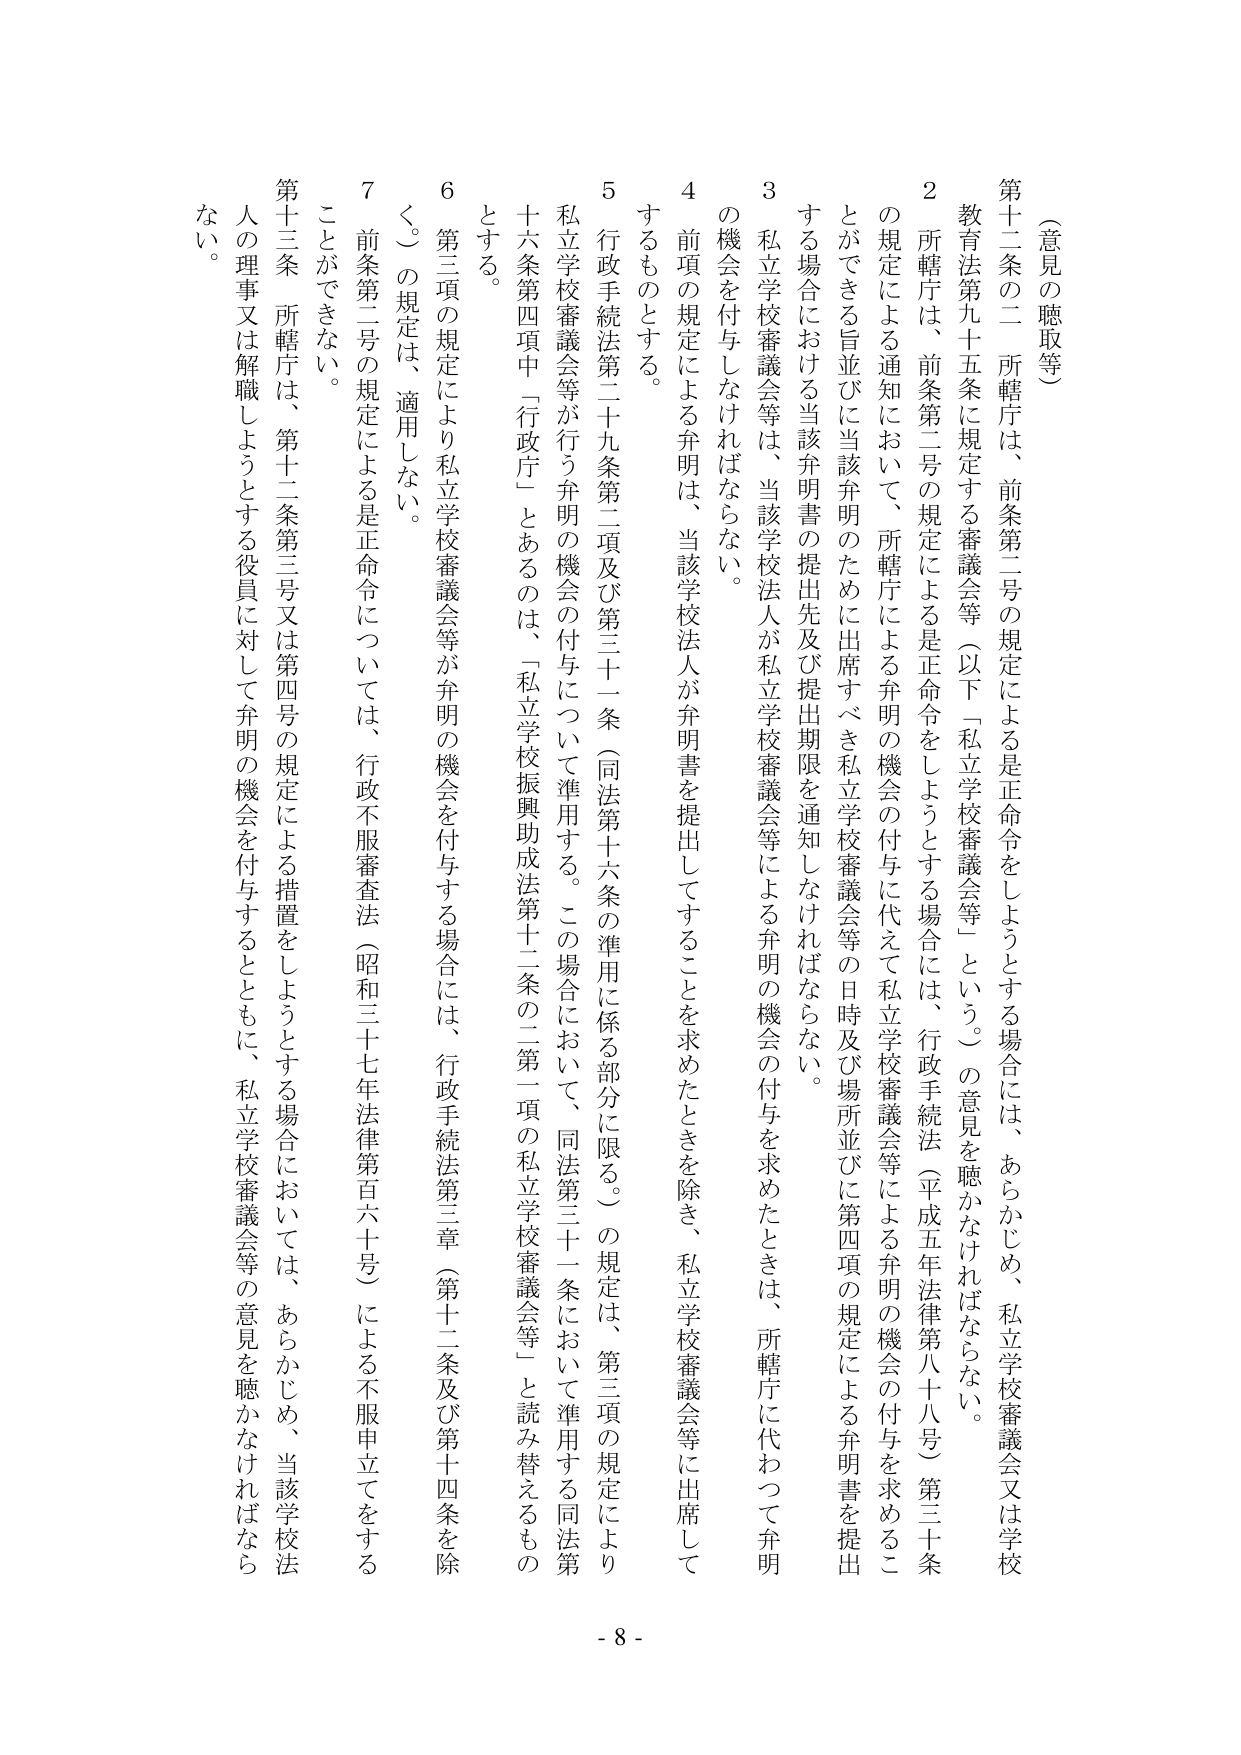
（意見の聴取等）

第十二条の二 所轄庁は、前条第二号の規定による是正命令をしようとする場合には、あらかじめ、私立学校審議会又は学校教育法第九十五条に規定する審議会等（以下「私立学校審議会等」という。）の意見を聴かなければならない。

２ 所轄庁は、前条第二号の規定による是正命令をしようとする場合には、行政手続法（平成五年法律第八十八号）第三十条の規定による通知において、所轄庁による弁明の機会の付与に代えて私立学校審議会等による弁明の機会の付与を求めることができる旨並びに当該弁明のために出席すべき私立学校審議会等の日時及び場所並びに第四項の規定による弁明書を提出する場合における当該弁明書の提出先及び提出期限を通知しなければならない。

３ 私立学校審議会等は、当該学校法人が私立学校審議会等による弁明の機会の付与を求めたときは、所轄庁に代わって弁明の機会を付与しなければならない。

４ 前項の規定による弁明は、当該学校法人が弁明書を提出してすることを求めたときを除き、私立学校審議会等に出席してするものとする。

５ 行政手続法第二十九条第二項及び第三十一条（同法第十六条の準用に係る部分に限る。）の規定は、第三項の規定により私立学校審議会等が行う弁明の機会の付与について準用する。この場合において、同法第三十一条において準用する同法第十六条第四項中「行政庁」とあるのは、「私立学校振興助成法第十二条の二第一項の私立学校審議会等」と読み替えるものとする。

６ 第三項の規定により私立学校審議会等が弁明の機会を付与する場合には、行政手続法第三章（第十二条及び第十四条を除く。）の規定は、適用しない。

７ 前条第二号の規定による是正命令については、行政不服審査法（昭和三十七年法律第百六十号）による不服申立てをすることができない。

第十三条 所轄庁は、第十二条第三号又は第四号の規定による措置をしようとする場合においては、あらかじめ、当該学校法人の理事又は解職しようとする役員に対して弁明の機会を付与するとともに、私立学校審議会等の意見を聴かなければならない。

- 8 -